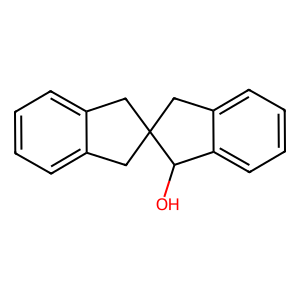
SMILES: OC1c2ccccc2CC12Cc1ccccc1C2
Inhibits HIV replication: No